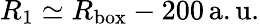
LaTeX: R_{1}\simeq R_{\mathrm{box}}-200\, \mathrm{a.u.}